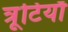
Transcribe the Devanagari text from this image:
त्रूटियाँ